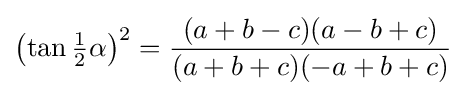
{\bigl (}{\tan {\tfrac {1}{2}}\alpha }{\bigr )}^{2}={\frac {(a+b-c)(a-b+c)}{(a+b+c)(-a+b+c)}}